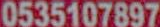
0535107897